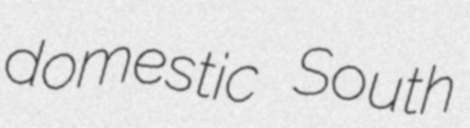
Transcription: domestic South